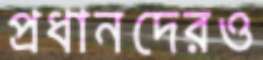
প্রধানদেরও